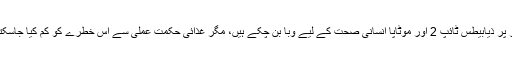
محققین کا کہنا تھا کہ دنیا بھر میں میٹابولک امراض تیزی سے پھیل رہے ہیں، خاص طور پر ذیابیطس ٹائپ 2 اور موٹاپا انسانی صحت کے لیے وبا بن چکے ہیں، مگر غذائی حکمت عملی سے اس خطرے کو کم کیا جاسکتا ہے جبکہ ذیابیطس اور موٹاپے کو کنٹرول میں رکھ کر صحت کو بہتر بنایا جاسکتا ہے۔